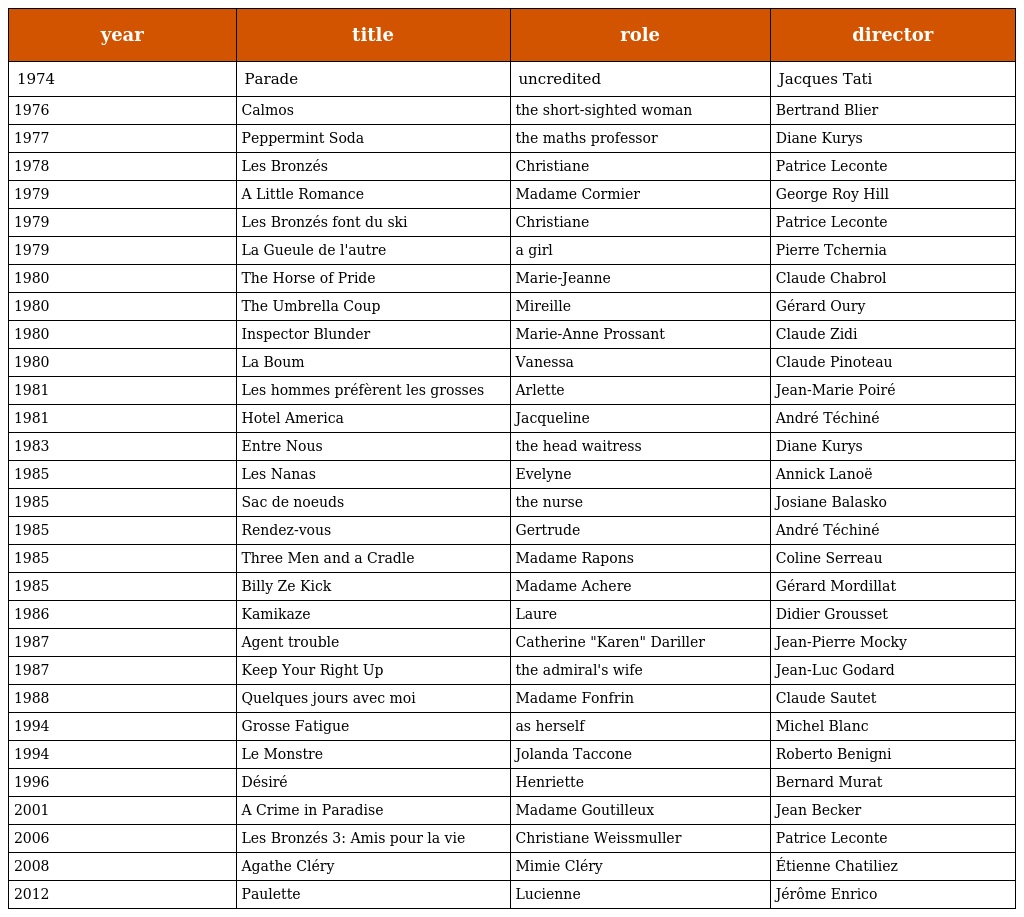
| year | title | role | director |
 | --- | --- | --- | --- |
 | 1974 | Parade | uncredited | Jacques Tati |
 | 1976 | Calmos | the short-sighted woman | Bertrand Blier |
 | 1977 | Peppermint Soda | the maths professor | Diane Kurys |
 | 1978 | Les Bronzés | Christiane | Patrice Leconte |
 | 1979 | A Little Romance | Madame Cormier | George Roy Hill |
 | 1979 | Les Bronzés font du ski | Christiane | Patrice Leconte |
 | 1979 | La Gueule de l'autre | a girl | Pierre Tchernia |
 | 1980 | The Horse of Pride | Marie-Jeanne | Claude Chabrol |
 | 1980 | The Umbrella Coup | Mireille | Gérard Oury |
 | 1980 | Inspector Blunder | Marie-Anne Prossant | Claude Zidi |
 | 1980 | La Boum | Vanessa | Claude Pinoteau |
 | 1981 | Les hommes préfèrent les grosses | Arlette | Jean-Marie Poiré |
 | 1981 | Hotel America | Jacqueline | André Téchiné |
 | 1983 | Entre Nous | the head waitress | Diane Kurys |
 | 1985 | Les Nanas | Evelyne | Annick Lanoë |
 | 1985 | Sac de noeuds | the nurse | Josiane Balasko |
 | 1985 | Rendez-vous | Gertrude | André Téchiné |
 | 1985 | Three Men and a Cradle | Madame Rapons | Coline Serreau |
 | 1985 | Billy Ze Kick | Madame Achere | Gérard Mordillat |
 | 1986 | Kamikaze | Laure | Didier Grousset |
 | 1987 | Agent trouble | Catherine "Karen" Dariller | Jean-Pierre Mocky |
 | 1987 | Keep Your Right Up | the admiral's wife | Jean-Luc Godard |
 | 1988 | Quelques jours avec moi | Madame Fonfrin | Claude Sautet |
 | 1994 | Grosse Fatigue | as herself | Michel Blanc |
 | 1994 | Le Monstre | Jolanda Taccone | Roberto Benigni |
 | 1996 | Désiré | Henriette | Bernard Murat |
 | 2001 | A Crime in Paradise | Madame Goutilleux | Jean Becker |
 | 2006 | Les Bronzés 3: Amis pour la vie | Christiane Weissmuller | Patrice Leconte |
 | 2008 | Agathe Cléry | Mimie Cléry | Étienne Chatiliez |
 | 2012 | Paulette | Lucienne | Jérôme Enrico |